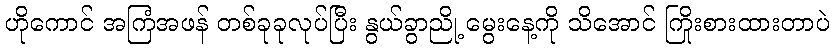
ဟိုကောင် အကြံအဖန် တစ်ခုခုလုပ်ပြီး နွယ်ခွာညို့ မွေးနေ့ကို သိအောင် ကြိုးစားထားတာပဲ